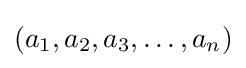
(a_{1},a_{2},a_{3},\dots ,a_{n})